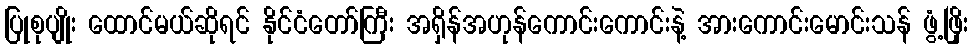
ပြုစုပျိုး ထောင်မယ်ဆိုရင် နိုင်ငံတော်ကြီး အရှိန်အဟုန်ကောင်းကောင်းနဲ့ အားကောင်းမောင်းသန် ဖွံ့ဖြိုး